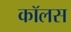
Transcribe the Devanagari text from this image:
कॉलस